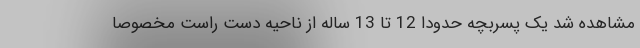
مشاهده شد یک پسربچه حدوداً 12 تا 13 ساله از ناحیه دست راست مخصوصاً